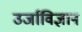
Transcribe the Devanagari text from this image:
उर्जाविज्ञान